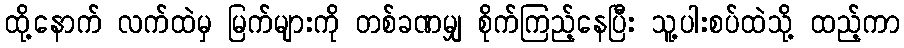
ထို့နောက် လက်ထဲမှ မြက်များကို တစ်ခဏမျှ စိုက်ကြည့်နေပြီး သူ့ပါးစပ်ထဲသို့ ထည့်ကာ